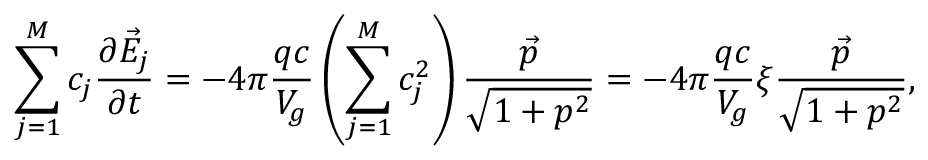
\sum _ { j = 1 } ^ { M } c _ { j } \frac { \partial \vec { E } _ { j } } { \partial t } = - 4 \pi \frac { q c } { V _ { g } } \left( \sum _ { j = 1 } ^ { M } c _ { j } ^ { 2 } \right) \frac { \vec { p } } { \sqrt { 1 + p ^ { 2 } } } = - 4 \pi \frac { q c } { V _ { g } } \xi \frac { \vec { p } } { \sqrt { 1 + p ^ { 2 } } } ,